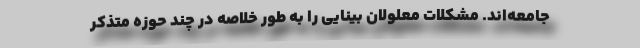
جامعه‌اند. مشکلات معلولان بینایی را به طور خلاصه در چند حوزه متذکر